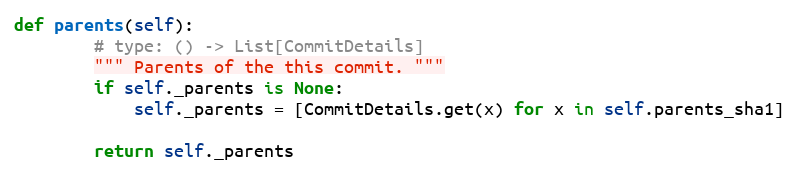
Language: Python
def parents(self):
        # type: () -> List[CommitDetails]
        """ Parents of the this commit. """
        if self._parents is None:
            self._parents = [CommitDetails.get(x) for x in self.parents_sha1]

        return self._parents